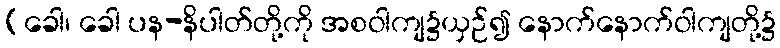
(ခေါ၊ ခေါ ပန-နိပါတ်တို့ကို အစဝါကျ၌ယှဉ်၍ နောက်နောက်ဝါကျတို့၌